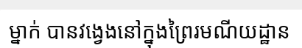
ម្នាក់ បានវង្វេងនៅក្នុងព្រៃរមណីយដ្ឋាន